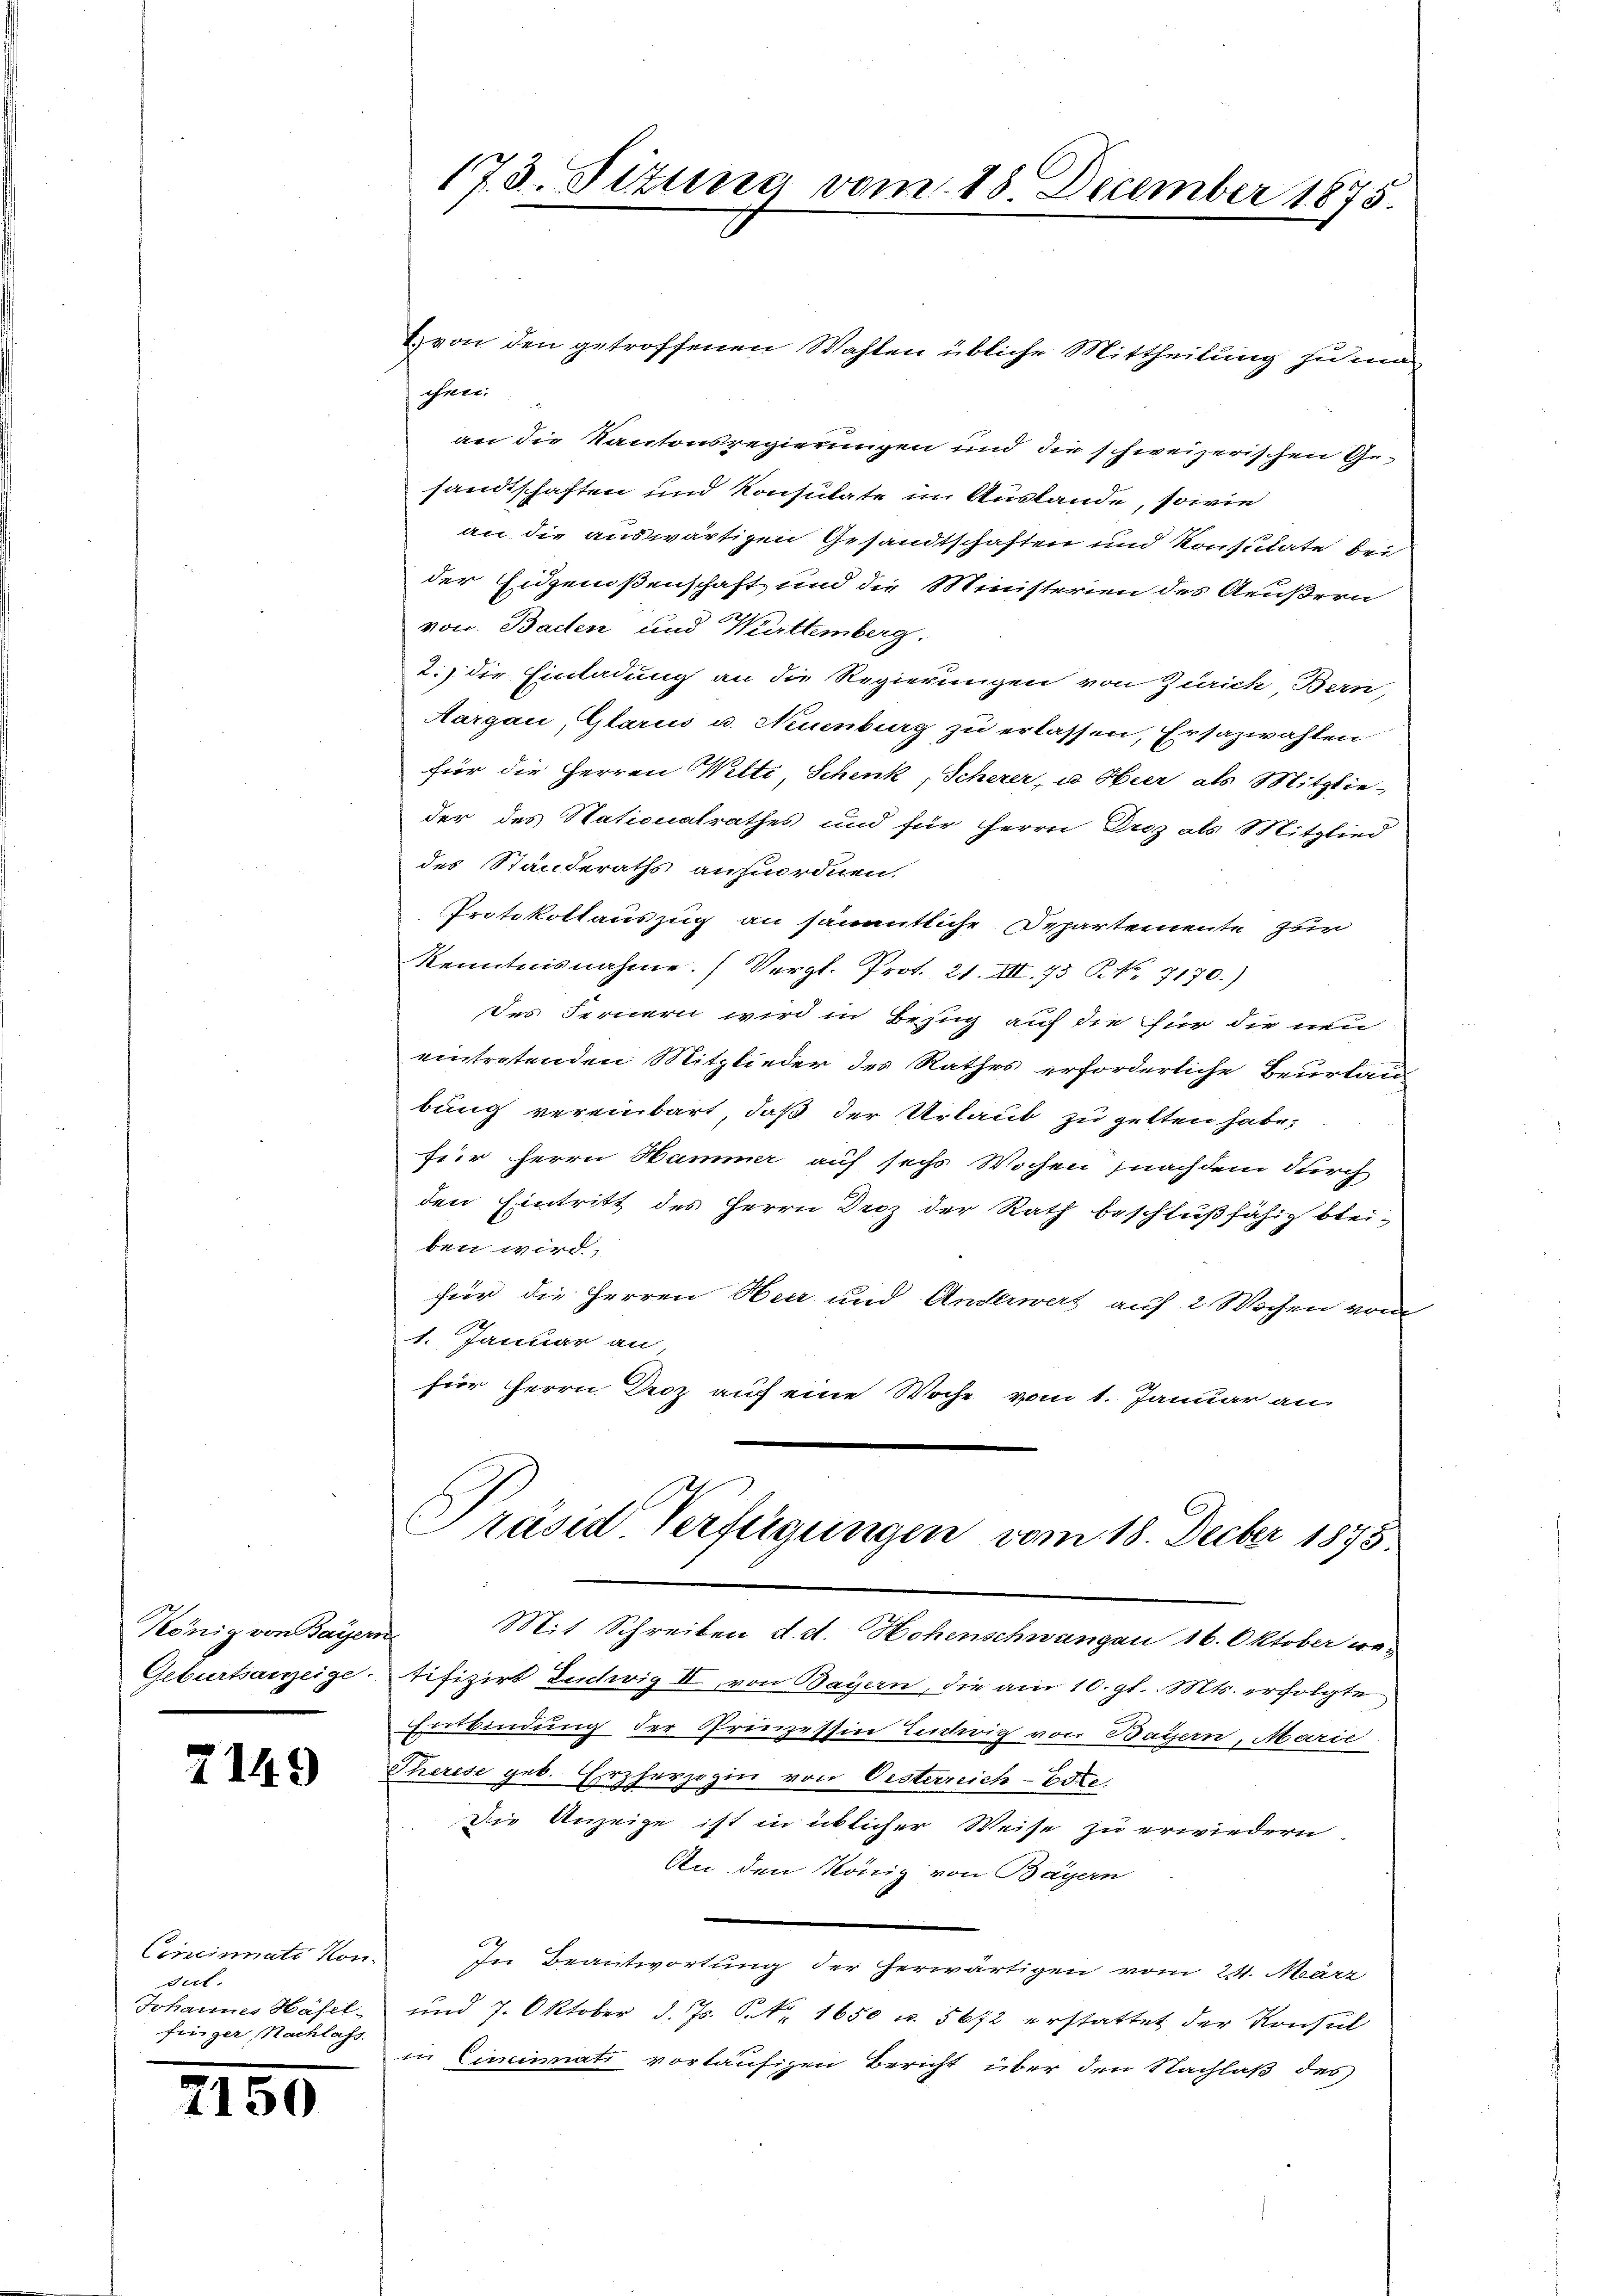
König von Bayern

7149

Cincinate Kon-
dul.
finger, Nachlass.

7150

173. Sitzung vom 18. December 1875.

) von den getroffenen Wahlen übliche Mittheilung zu m
chen.
an die Kantonsregierungen und die schweizerischen Gesandtschaften und Konsulate in Auslande, sowie
an die auswärtigen Gesandtschaften und Konsulate bei
der Eidgenoßenschaft und die Ministerien des Aeußern
von. Bachen und Württemberg.
2.) die Einladung an die Regierungen von Zürich, Bern,
Aargau, Glarus u. Neuenburg zu erlassen, Ersazwahlen
für die Herren Welti, Schenk, Scherer, u. Hier als Mitglie-
der des Stationalrathes und für Herrn Droz als Mitglied
des Standeraths anzuordnen.
Protokollauszug an sämmtliche Departemente zur
Kenntnisnahme. (Vergl. Prot. 21. III. 75 N. N. 7170.)
des Fernern wird in Bezug auf die für die neu
eintretenden Mitglieder des Rathes erforderliche Beurlau
bung vereinbart, daß der Urlaub zu gelten habe,
für Herrn Hammer auf sechs Wochen nachdem durch
den Eintritt des Herrn Droz der Rath beschlußfähig bleiben wird,
für die Herren Heer und Anderwert auf 2 Wochen von
2
1. Januar an,
fier Herrn Droz auf eine Woche vom 1. Januar an
Präsid Verfügungen vom 18. Decber 1875.
Mit Schreiben d. d. Hohenschwangen 16. Oktober we¬
Geburtsanzeige. Tifizirt Ludwig II von Bayern, die am 10. gl. Mts. erfolgte
Entbindung der Prinzessin Entwich von Bayern, Marie
Therese geb. Erzherzogin von Oesterreich-Este
Die Anzeige ist in ichlicher Weise zu erwiedern
An den König von Bayern
In Beantwortung der herwärtigen vom 24. März
Johannes Häfel- und 7. Oktober d. Js. P. Nr. 1650 u. 5672 erstattet der Konsul
in Ciminati vorläufigen Bericht über den Nachlaß des